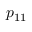
p _ { 1 1 }